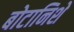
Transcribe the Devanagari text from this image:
बोटानिशे